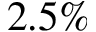
2 . 5 \%